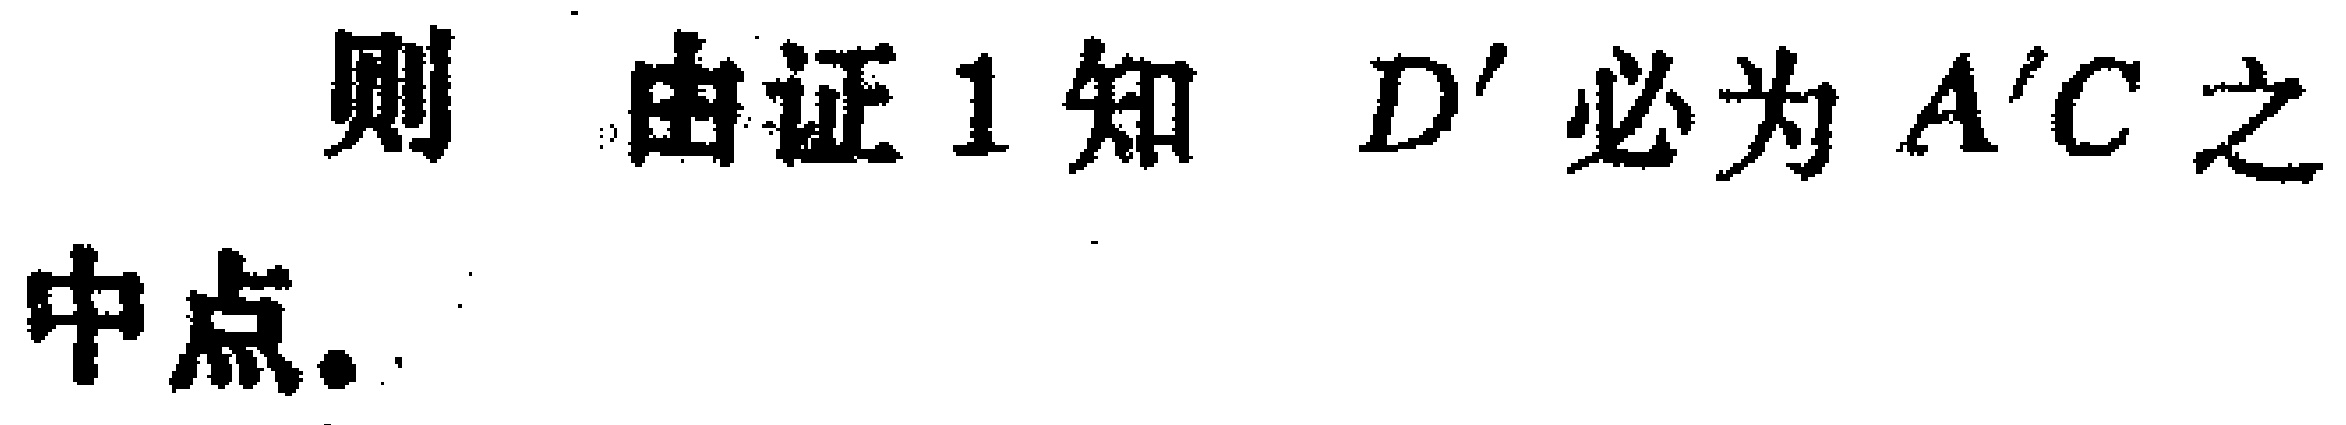
则 由证 1 知 \(D'\) 必为 \(A'C\) 之中点.